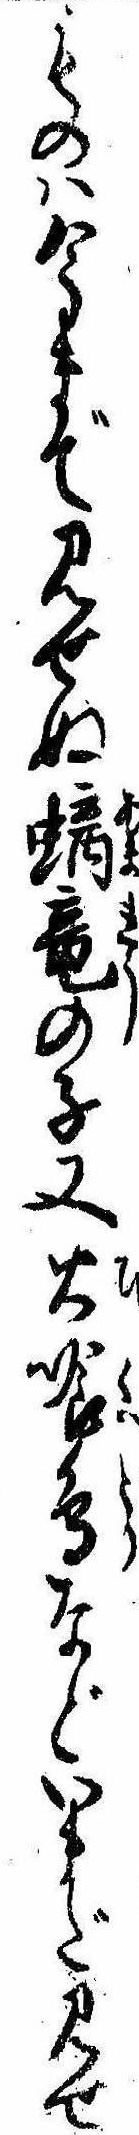
ものは今まで見せぬ竜の子又火喰鳥などいまだ見せ